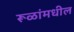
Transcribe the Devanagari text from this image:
रूळांमधील